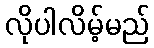
လိုပါလိမ့်မည်